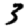
Digit: 3